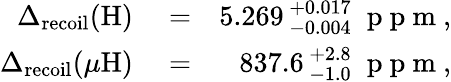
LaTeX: \begin{array}{rlr}{\Delta_{\mathrm{recoil}}(\mathrm{H})}&{{}=}&{5.269\, {}_{-0.004}^{+0.017}\; \mathrm{~p~p~m~},}\\ {\Delta_{\mathrm{recoil}}(\mu\mathrm{H})}&{{}=}&{837.6\, {}_{-1.0}^{+2.8}\; \mathrm{~p~p~m~},}\end{array}